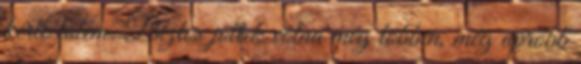
kérte tőlem. Biztos jöttek volna még többen, még apróbb